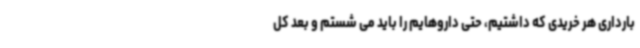
بارداری هر خریدی که داشتیم، حتی داروهایم را باید می شستم و بعد کل